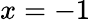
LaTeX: x=-1